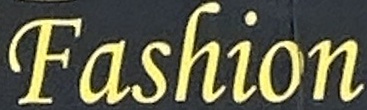
Fashion